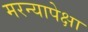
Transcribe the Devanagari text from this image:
मरन्यापेक्षा